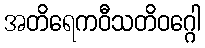
အတိရေကဝီသတိဝဂ္ဂေါ